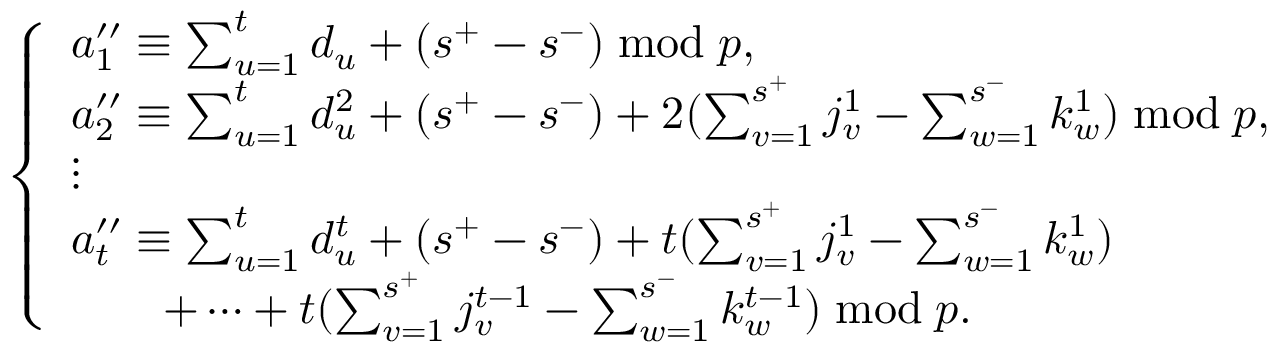
\left\{ \begin{array} { l l } { a _ { 1 } ^ { \prime \prime } \equiv \sum _ { u = 1 } ^ { t } d _ { u } + ( s ^ { + } - s ^ { - } ) \bmod p , } \\ { a _ { 2 } ^ { \prime \prime } \equiv \sum _ { u = 1 } ^ { t } d _ { u } ^ { 2 } + ( s ^ { + } - s ^ { - } ) + 2 ( \sum _ { v = 1 } ^ { s ^ { + } } j _ { v } ^ { 1 } - \sum _ { w = 1 } ^ { s ^ { - } } k _ { w } ^ { 1 } ) \bmod p , } \\ { \vdots } \\ { a _ { t } ^ { \prime \prime } \equiv \sum _ { u = 1 } ^ { t } d _ { u } ^ { t } + ( s ^ { + } - s ^ { - } ) + t ( \sum _ { v = 1 } ^ { s ^ { + } } j _ { v } ^ { 1 } - \sum _ { w = 1 } ^ { s ^ { - } } k _ { w } ^ { 1 } ) } \\ { \qquad + \dotsm + t ( \sum _ { v = 1 } ^ { s ^ { + } } j _ { v } ^ { t - 1 } - \sum _ { w = 1 } ^ { s ^ { - } } k _ { w } ^ { t - 1 } ) \bmod p . } \end{array} \right.